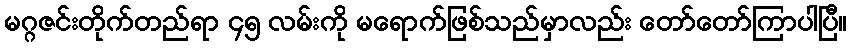
မဂ္ဂဇင်းတိုက်တည်ရာ ၄၅ လမ်းကို မရောက်ဖြစ်သည်မှာလည်း တော်တော်ကြာပါပြီ။